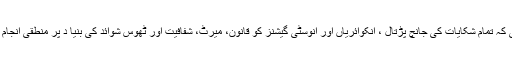
انہوں نے ہدایت کی کہ تمام شکایات کی جانچ پڑتال ، انکوائریاں اور انوسٹی گیشنز کو قانون، میرٹ، شفافیت اور ٹھوس شوائد کی بنیا د پر منطقی انجام تک پہنچائی جائیں۔